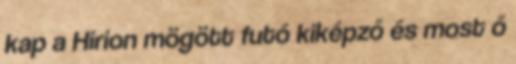
kap a Hirion mögött futó kiképző és most ő